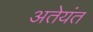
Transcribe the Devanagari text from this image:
अतेयंत